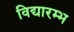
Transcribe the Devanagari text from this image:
विद्यारम्भ